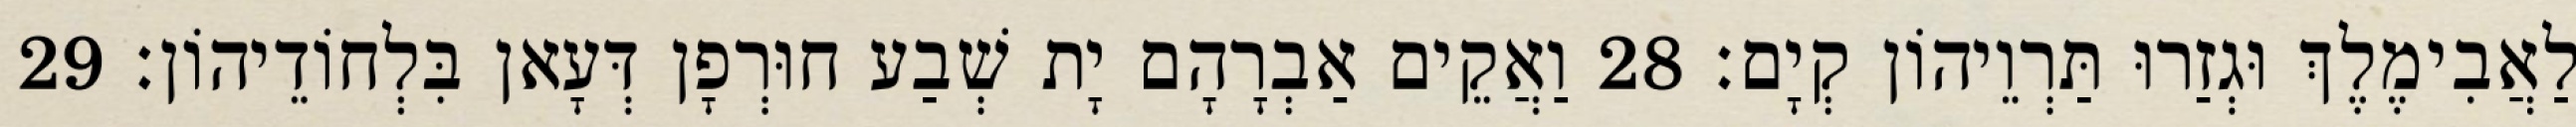
לַאֲבִימֶלֶךְ וּגְזַרוּ תַּרְוֵיהוֹן קְיָם׃ 28 וַאֲקֵים אַבְרָהָם יָת שְׁבַע חוּרְפָן דְּעָאן בִּלְחוֹדֵיהוֹן׃ 29